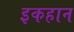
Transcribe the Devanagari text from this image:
इकहान